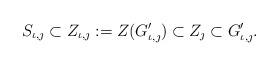
LaTeX: \begin{align*} S_{ \iota, \jmath} \subset Z_{\iota, \jmath}: = Z(G_{\iota, \jmath}') \subset Z_{\jmath}\subset G_{\iota, \jmath}'.\end{align*}